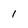
Character: 1